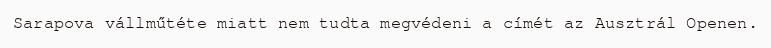
Sarapova vállműtéte miatt nem tudta megvédeni a címét az Ausztrál Openen.